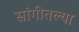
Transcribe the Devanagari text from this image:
सांगीतल्या